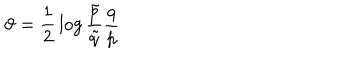
\vartheta = { \frac { 1 } { 2 } } \log { { \frac { \tilde { p } } { \tilde { q } } } { \frac { q } { p } } }